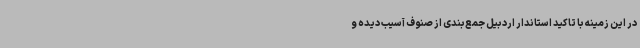
در این زمینه با تاکید استاندار اردبیل جمع‌بندی از صنوف آسیب دیده و